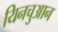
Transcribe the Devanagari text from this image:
यिनचुआन